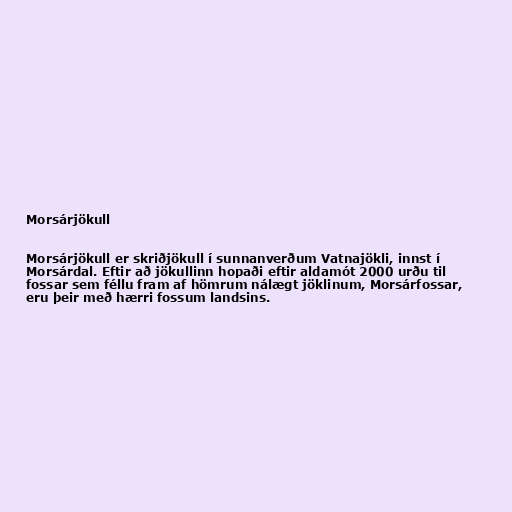
Morsárjökull

Morsárjökull er skriðjökull í sunnanverðum Vatnajökli, innst í
Morsárdal. Eftir að jökullinn hopaði eftir aldamót 2000 urðu til
fossar sem féllu fram af hömrum nálægt jöklinum, Morsárfossar,
eru þeir með hærri fossum landsins.